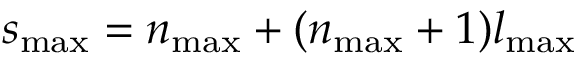
s _ { \mathrm { m a x } } = n _ { \mathrm { m a x } } + ( n _ { \mathrm { m a x } } + 1 ) l _ { \mathrm { m a x } }